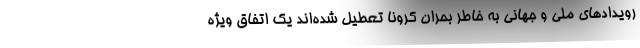
رویدادهای ملی و جهانی به خاطر بحران کرونا تعطیل شده‌اند یک اتفاق ویژه